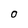
Character: o